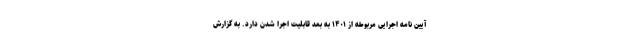
آیین نامه اجرایی مربوطه از ۱۴۰۱ به بعد قابلیت اجرا شدن دارد. به گزارش